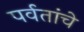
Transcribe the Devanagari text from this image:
पर्वतांचे